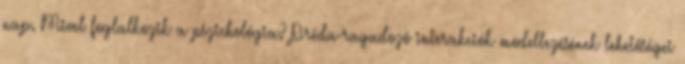
nap. Mivel foglalkozik a pszichológia? Préda-ragadozó interakciók modellezésének lehetőségei